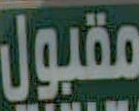
مقبول